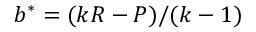
b ^ { * } = ( k R - P ) / ( k - 1 )